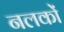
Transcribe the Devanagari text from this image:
नलकों